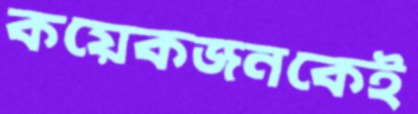
কয়েকজনকেই